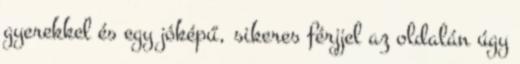
gyerekkel és egy jóképű, sikeres férjjel az oldalán úgy